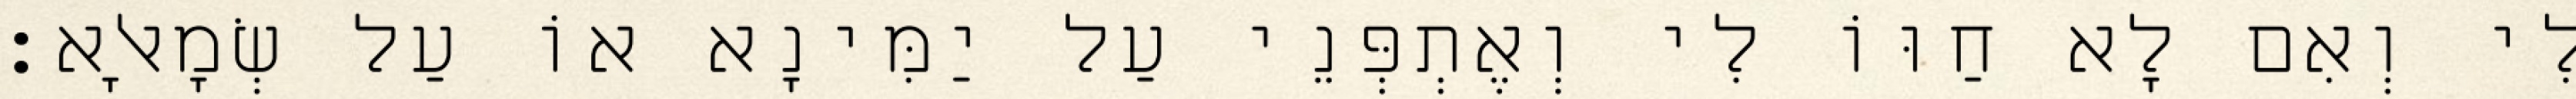
לִי וְאִם לָא חַוּוֹ לִי וְאֶתְפְּנֵי עַל יַמִּינָא אוֹ עַל שְׂמָאלָא׃